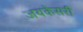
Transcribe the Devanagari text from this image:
जयकेसरी